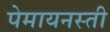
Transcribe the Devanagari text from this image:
पेमायनस्‍ती